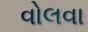
વોલવા